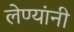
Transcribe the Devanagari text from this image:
लेण्यांनी